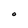
Character: O